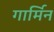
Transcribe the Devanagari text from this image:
गार्मिन